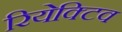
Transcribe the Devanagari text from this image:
रियेक्टिव